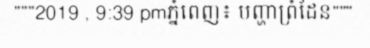
"""2019 , 9:39 pmភ្នំពេញ៖ បញ្ហាព្រំដែន"""